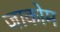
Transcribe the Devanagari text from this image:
जाकोम